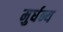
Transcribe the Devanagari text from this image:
मुर्धन्य